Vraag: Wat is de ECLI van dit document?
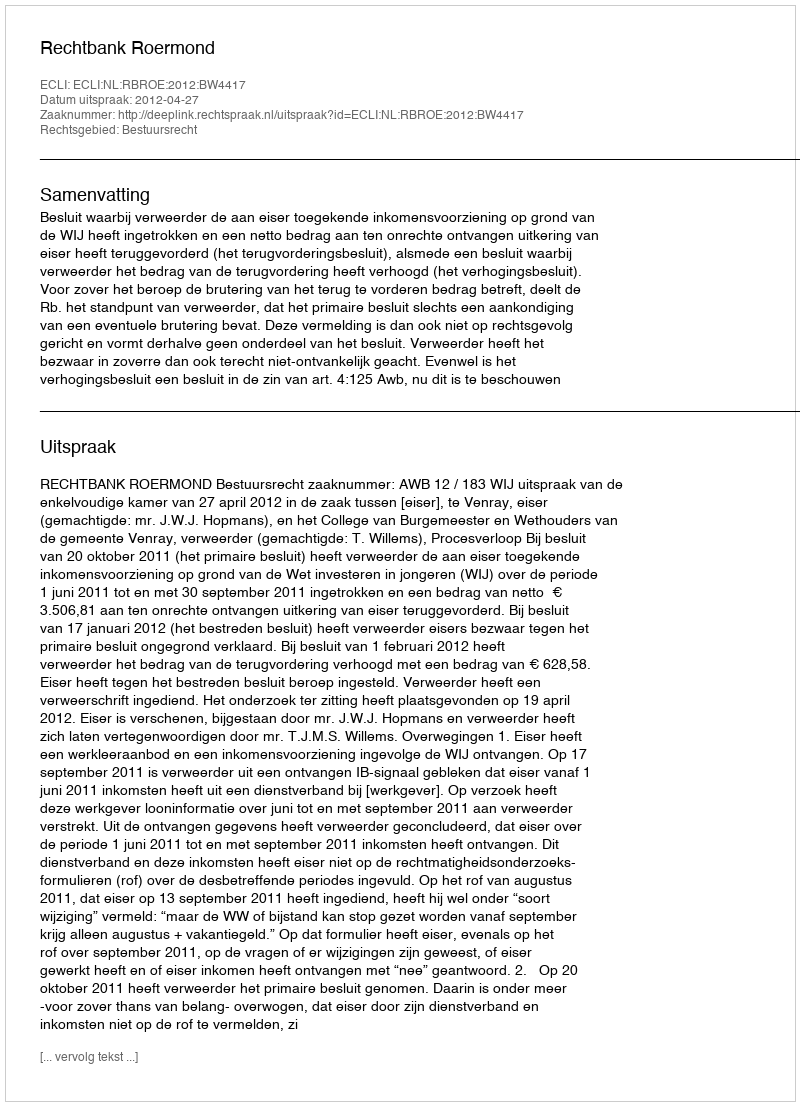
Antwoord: ECLI:NL:RBROE:2012:BW4417